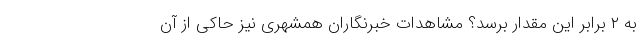
به ۲ برابر این مقدار برسد؟ مشاهدات خبرنگاران همشهری نیز حاکی از آن